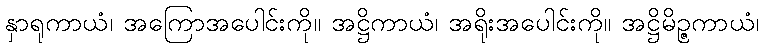
နှာရုကာယံ၊ အကြောအပေါင်းကို။ အဋ္ဌိကာယံ၊ အရိုးအပေါင်းကို။ အဋ္ဌိမိဉ္ဇကာယံ၊